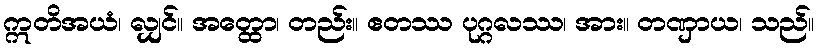
ဣတိအယံ၊ လျှင်။ အတ္ထော၊ တည်း။ ဧတဿ ပုဂ္ဂလဿ၊ အား။ တဏှာယ၊ သည်။